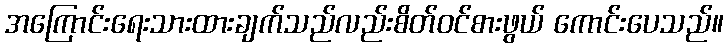
အကြောင်းရေးသားထားချက်သည်လည်းစိတ်ဝင်စားဖွယ် ကောင်းပေသည်။